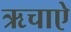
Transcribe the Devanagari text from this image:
ऋचाऐ